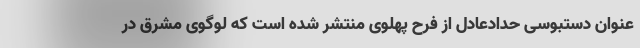
عنوان دستبوسی حدادعادل از فرح پهلوی منتشر شده است که لوگوی مشرق در